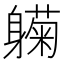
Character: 𬧰